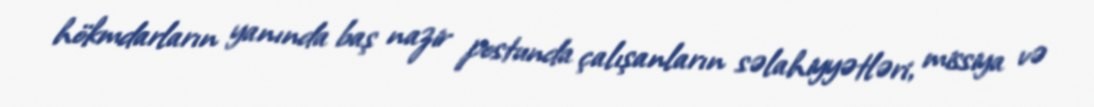
hökmdarların yanında baş nazir postunda çalışanların səlahiyyətləri, missiya və